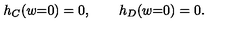
h _ { C } ( w { = } 0 ) = 0 , \qquad h _ { D } ( w { = } 0 ) = 0 .